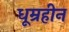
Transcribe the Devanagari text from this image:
धूम्रहीन